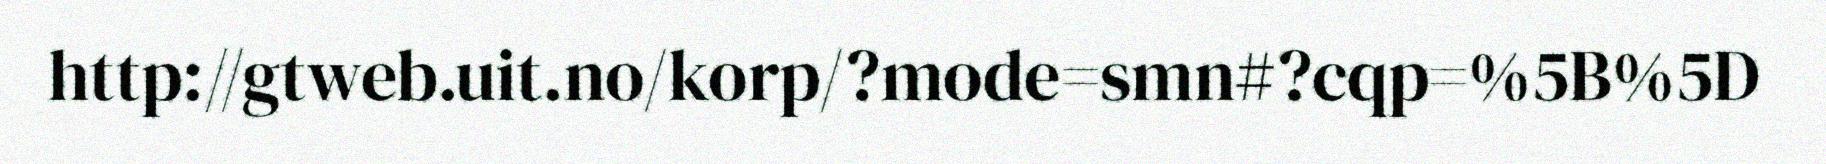
http://gtweb.uit.no/korp/?mode=smn#?cqp=%5B%5D